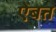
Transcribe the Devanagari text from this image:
ऐबत